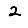
Digit: 2